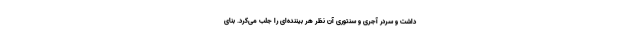
داشت و سردر آجری و سنتوری آن نظر هر بیننده‌ای را جلب می‌کرد. بنای